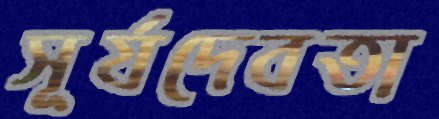
সূর্যদেবতা